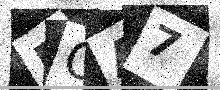
Text: EGA7